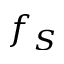
f _ { S }